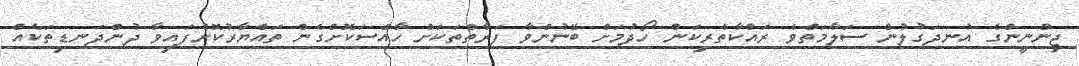
ޖިންނީންގެ އުނދަގުލުން ސަލާމަތްވެ ރައްކާތެރިކަން ހޯދުމަށް ބޭނުންވާ ފަރާތްތަކަށް ހާއްސަކޮށްގެން ތައްޔާރުކޮށްފައިވާ ދުންދަނޑިތަކެއް